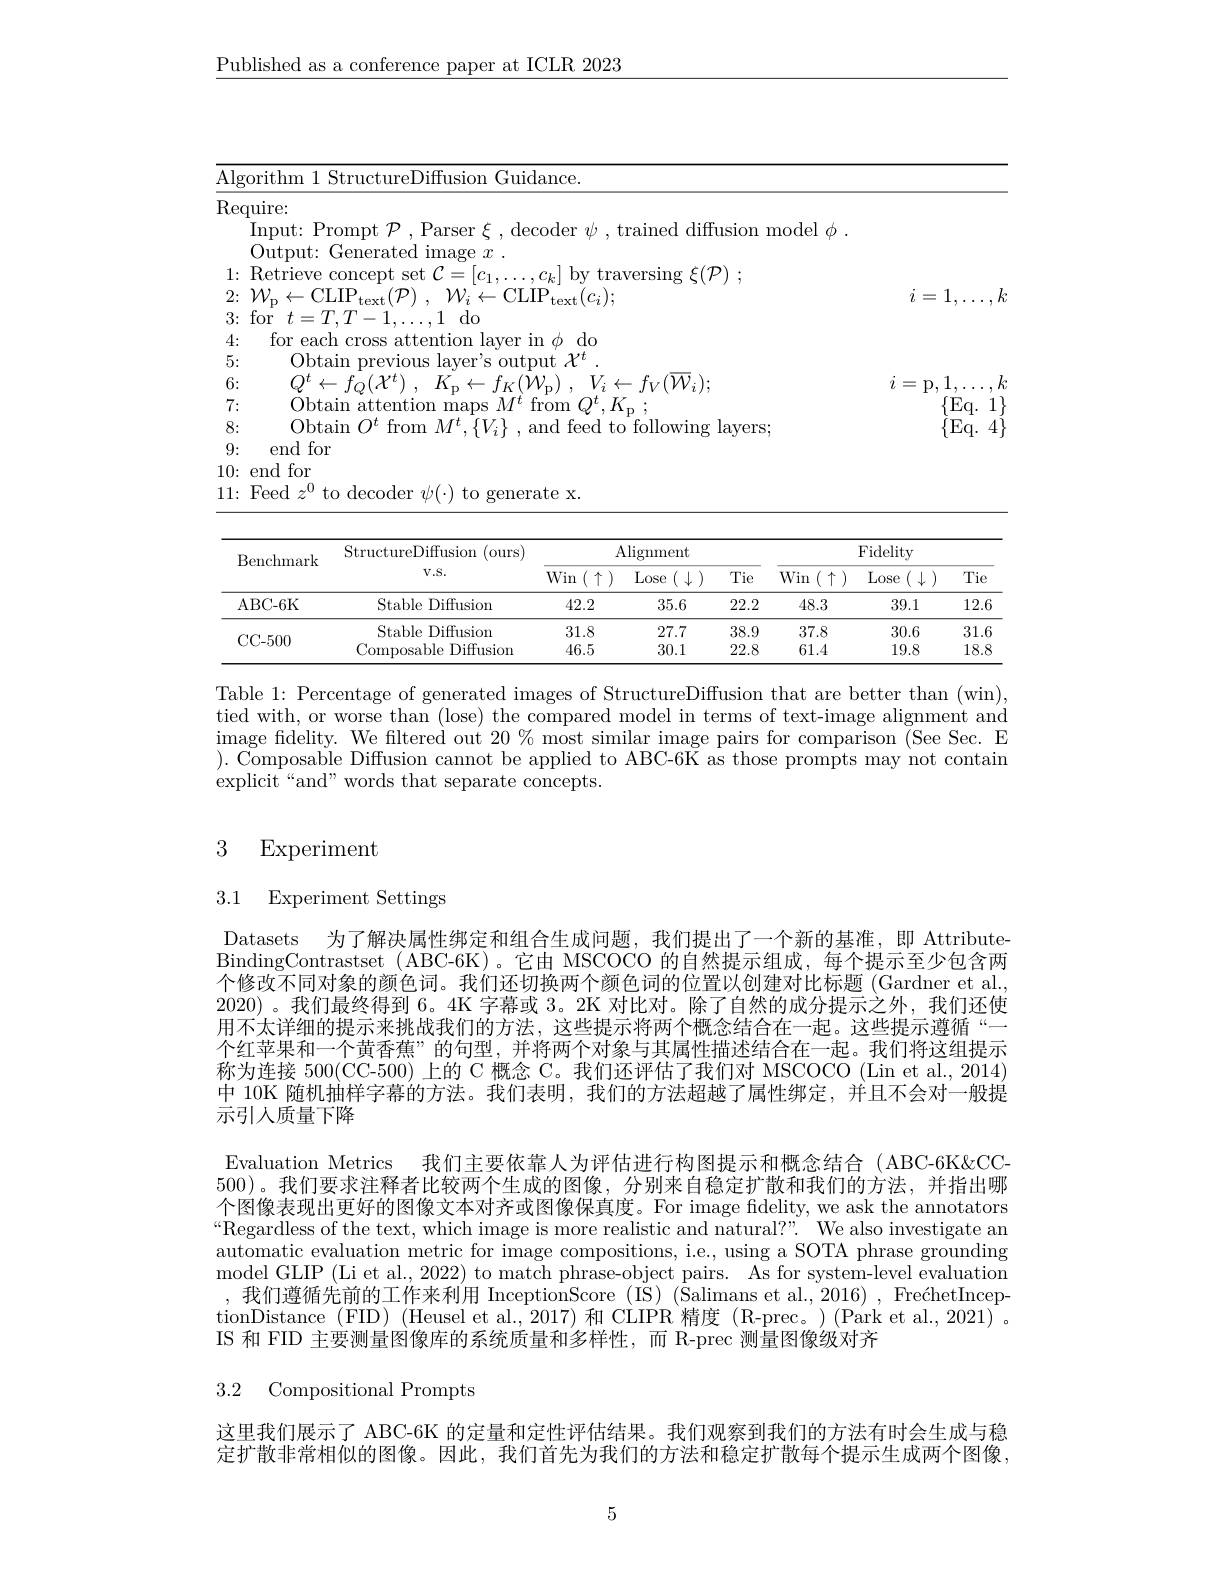
$\underline{\text{Published as a conference paper at ICLR 2023}}$

<table>
	<tbody>
		<tr>
			<td> </td>
			<td> </td>
		</tr>
		<tr>
			<td> </td>
			<td> </td>
		</tr>
		<tr>
			<td>diffusion model</td>
			<td> </td>
		</tr>
		<tr>
			<td> </td>
			<td> </td>
		</tr>
		<tr>
			<td>$\xi(\mathcal{P}^{\circ}$</td>
			<td> </td>
		</tr>
		<tr>
			<td> </td>
			<td>1</td>
		</tr>
		<tr>
			<td> </td>
			<td> </td>
		</tr>
		<tr>
			<td> </td>
			<td> </td>
		</tr>
		<tr>
			<td> </td>
			<td> </td>
		</tr>
		<tr>
			<td> </td>
			<td>$k$ I</td>
		</tr>
		<tr>
			<td> </td>
			<td>Eq. 1</td>
		</tr>
		<tr>
			<td>ng layers; </td>
			<td>Eq. 4</td>
		</tr>
		<tr>
			<td> </td>
			<td> </td>
		</tr>
		<tr>
			<td> </td>
			<td> </td>
		</tr>
		<tr>
			<td> </td>
			<td> </td>
		</tr>
	</tbody>
</table>

<table>
	<tbody>
		<tr>
			<th rowspan="2">Benchmark</th>
			<th rowspan="2">StructureDiffusion 1 (ours) $V.S.$</th>
			<th colspan="3">$\operatorname{Aligment}$</th>
			<th colspan="3">Fidelity</th>
		</tr>
		<tr>
			<th>Win ${\mathrm{n}}(\uparrow)$</th>
			<th>Lose $(\downarrow)$</th>
			<th>Tie</th>
			<th>Win n$( \uparrow )$</th>
			<th>Lose $(\begin{array}{c}\downarrow\end{array})$</th>
			<th>Tie</th>
		</tr>
		<tr>
			<td>ABC- 6K</td>
			<td>Stable Diffusion</td>
			<td>42.2</td>
			<td>35.6</td>
			<td>22.2</td>
			<td>48.3</td>
			<td>39.1</td>
			<td>12.6</td>
		</tr>
		<tr>
			<td rowspan="2">CC- 500</td>
			<td>Stable e Diffusion</td>
			<td>31.8</td>
			<td>27.7</td>
			<td>38.9</td>
			<td>37.8</td>
			<td>30.6</td>
			<td>31.6</td>
		</tr>
		<tr>
			<td>Composable Diffusion ,</td>
			<td>46.5</td>
			<td>30.1</td>
			<td>22.8</td>
			<td>61.4</td>
			<td>19.8</td>
			<td>18.8</td>
		</tr>
	</tbody>
</table>

Table 1: Percentage of generated images of StructureDiffusion that are better than (win), tied with, or worse than (lose) the compared model in terms of text-image alignment and $\begin{array}{cc}\mathrm{image~fidelity.~We~filtered~out~20~\%~most~similar~image~pairs~for~comparison~(See~Sec.~E}\end{array}$ ). Composable Diffusion cannot be applied to ABC-6K as those prompts may not contain explicit“and” words that separate concepts.

## 3 Experiment

# 3.1 Experiment Settings

Datasets 为了解决属性绑定和组合生成问题，我们提出了一个新的基准，即 AttributeBindingContrastset (ABC-6K)。它由 MSCOCO 的自然提示组成，每个提示至少包含两个修改不同对象的颜色词。我们还切换两个颜色词的位置以创建对比标题 (Gardner et al. 2020)。我们最终得到 6。4K 字幕或 3。2K 对比对。除了自然的成分提示之外，我们还使用不太详细的提示来挑战我们的方法，这些提示将两个概念结合在一起。这些提示遵循“— 个红苹果和一个黄香蕉”的句型，并将两个对象与其属性描述结合在一起。我们将这组提示称为连接 500(CC-500) 上的 C 概念 C。我们还评估了我们对 MSCOCO (Lin et al., 2014) 中 10K 随机抽样字幕的方法。我们表明，我们的方法超越了属性绑定，并且不会对一般提示引人质量下降

Evaluation Metrics 我们主要依靠人为评估进行构图提示和概念结合 (ABC-6K&CC- 500)。我们要求注释者比较两个生成的图像，分别来自稳定扩散和我们的方法，并指出哪个图像表现出更好的图像文本对齐或图像保真度。For image fidelity, we ask the annotators $“$Regardless of the text, which image is more realistic and natural?”. We also investigate an automatic evaluation metric for image compositions, i.e., using a SOTA phrase grounding model GLIP (Li et al., 2022) to match phrase-object pairs. As for system-level evaluation ,我们遵循先前的工作来利用 InceptionScore (IS) (Salimans et al., 2016) , FrećhetInceptionDistance (FID) (Heusel et al., 2017) 和 CLIPR 精度 (R-prec。)(Park et al., 2021) 。IS 和 FID 主要测量图像库的系统质量和多样性，而 R-prec 测量图像级对齐

3.2 Compositional Prompts

这里我们展示了 ABC-6K 的定量和定性评估结果。我们观察到我们的方法有时会生成与稳定扩散非常相似的图像。因此，我们首先为我们的方法和稳定扩散每个提示生成两个图像，

5